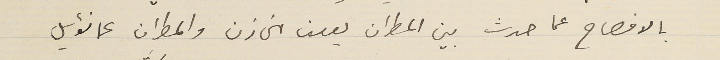
بالافصاح عما حدث بين المطران يوسف الخازن والمطران عمانوئيل